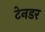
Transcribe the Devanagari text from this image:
टेनडर